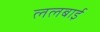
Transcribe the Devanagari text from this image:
ललबाई